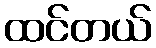
ထင်တယ်